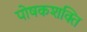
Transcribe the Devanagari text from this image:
पोषकशक्ति